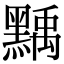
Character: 𪑴